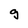
Character: g